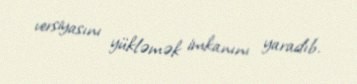
versiyasını yükləmək imkanını yaradıb.